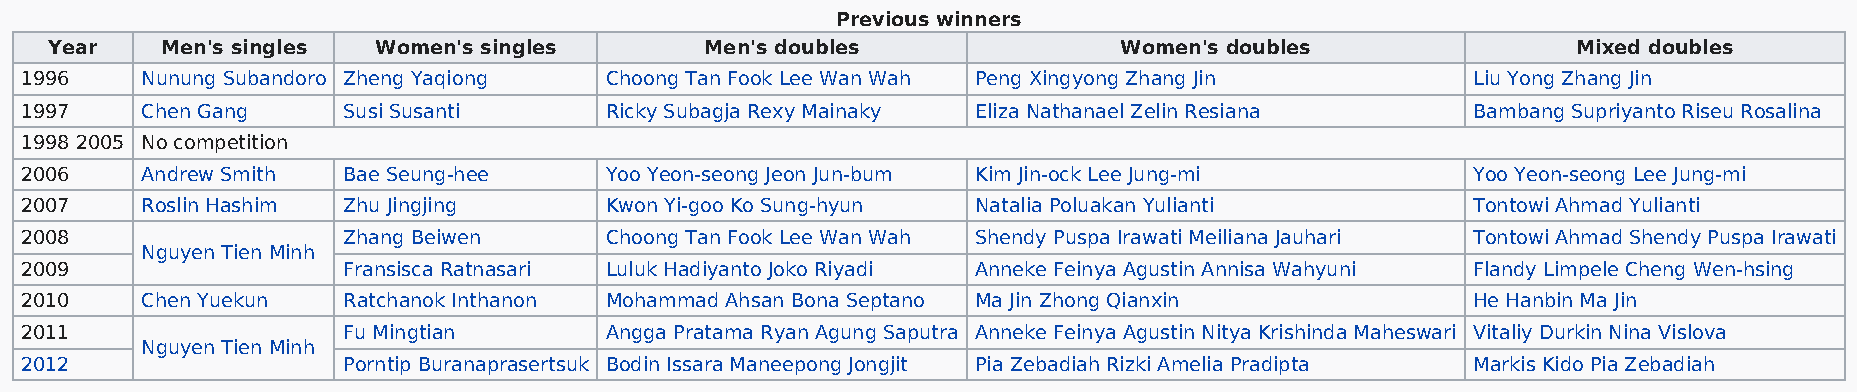
Previous winners
 Year    Men's singles Women's singles       Men's doubles              Women's doubles               Mixed doubles
 1996    Nunung Subandoro Zheng Yaqiong Choong Tan Fook Lee Wan Wah Peng Xingyong Zhang Jin      Liu Yong Zhang Jin
 1997    Chen Gang     Susi Susanti     Ricky Subagja Rexy Mainaky Eliza Nathanael Zelin Resiana Bambang Supriyanto Riseu Rosalina
 1998 2005 No competition
 2006    Andrew Smith  Bae Seung-hee    Yoo Yeon-seong Jeon Jun-bum Kim Jin-ock Lee Jung-mi      Yoo Yeon-seong Lee Jung-mi
 2007    Roslin Hashim Zhu Jingjing     Kwon Yi-goo Ko Sung-hyun Natalia Poluakan Yulianti       Tontowi Ahmad Yulianti
 2008                  Zhang Beiwen     Choong Tan Fook Lee Wan Wah Shendy Puspa Irawati Meiliana Jauhari Tontowi Ahmad Shendy Puspa Irawati
 Nguyen Tien Minh
 2009                  Fransisca Ratnasari Luluk Hadiyanto Joko Riyadi Anneke Feinya Agustin Annisa Wahyuni Flandy Limpele Cheng Wen-hsing
 2010    Chen Yuekun   Ratchanok Inthanon Mohammad Ahsan Bona Septano Ma Jin Zhong Qianxin       He Hanbin Ma Jin
 2011                  Fu Mingtian      Angga Pratama Ryan Agung Saputra Anneke Feinya Agustin Nitya Krishinda Maheswari Vitaliy Durkin Nina Vislova
 Nguyen Tien Minh
 2012                  Porntip Buranaprasertsuk Bodin Issara Maneepong Jongjit Pia Zebadiah Rizki Amelia Pradipta Markis Kido Pia Zebadiah